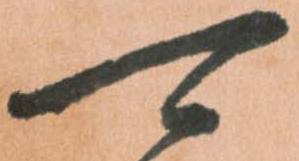
可